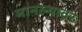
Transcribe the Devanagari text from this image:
मानल्यावर